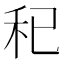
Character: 𥝗